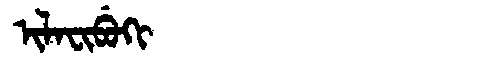
Manchu: ᡳᠯᠠᠸᡳᠪᡠᡴᡳ
Romanization: ILAFIBUKI